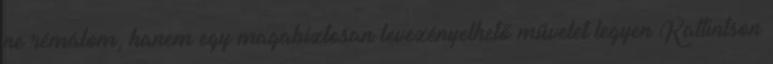
ne rémálom, hanem egy magabiztosan levezényelhető művelet legyen Kattintson